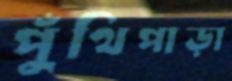
পুঁথিপাড়া